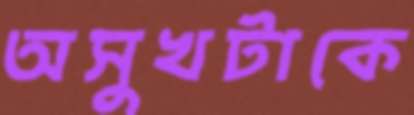
অসুখটাকে